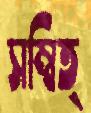
সম্বিত্